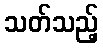
သတ်သည့်